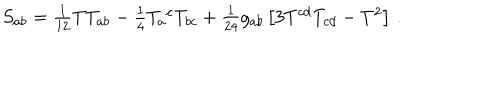
S _ { a b } = \textstyle { \frac { 1 } { 1 2 } } T T _ { a b } - \textstyle { \frac { 1 } { 4 } } T _ { a } { } ^ { c } T _ { b c } + \textstyle { \frac { 1 } { 2 4 } } g _ { a b } \left[ 3 T ^ { c d } T _ { c d } - T ^ { 2 } \right] \, .